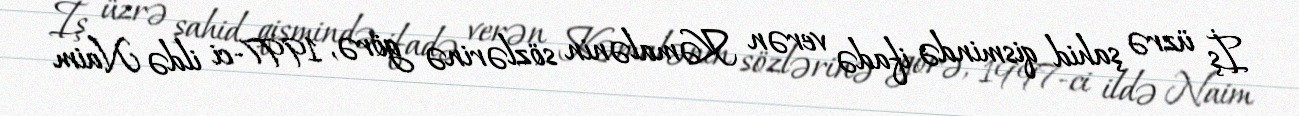
İş üzrə şahid qismində ifadə verən Kəmalənin sözlərinə görə, 1997-ci ildə Naim